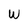
Character: W